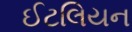
ઈટલિયન